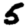
Digit: 5